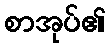
စာအုပ်၏